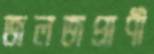
জলজপ্রাণী